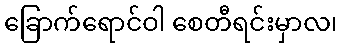
ခြောက်ရောင်ဝါ စေတီရင်းမှာလ၊